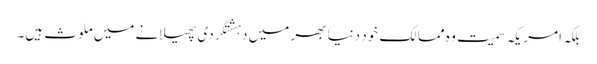
بلکہ امریکہ سمیت وہ ممالک خود دنیا بھر میں دہشتگردی پھیلانے میں ملوث ہیں۔